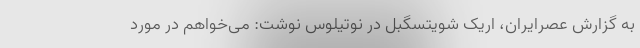
به گزارش عصرایران، اریک شویتسگِبِل در نوتیلوس نوشت: می‌خواهم در مورد